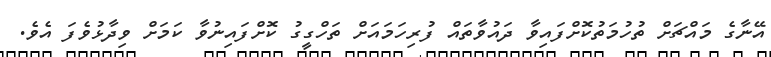
އޭނާގެ މައްޗަށް ތުހުމަތުކޮށްފައިވާ ދައުވާތައް ފުރިހަމައަށް ތަހްގީގު ކޮށްފައިނުވާ ކަމަށް ވިދާޅުވެފަ އެވެ.